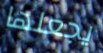
يجعلها